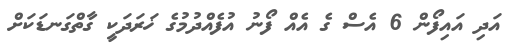
އަދި އައިފޯން 6 އެސް ގެ އެއް ފޯނު އުފެއްދުމުގެ ޚަރަދަކީ ގާތްގަނޑަކަށް